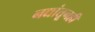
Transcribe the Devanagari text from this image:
नद्यांतूनही